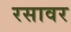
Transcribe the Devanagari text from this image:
रसावर